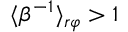
\langle \beta ^ { - 1 } \rangle _ { r \varphi } > 1